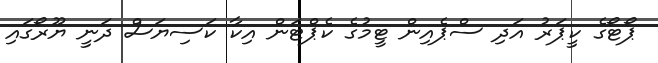
ޕޯޓޯގެ ކީޕަރު އަދި ސްޕެއިން ޓީމުގެ ކެޕްޓަން އިކާ ކަސިޔަސް ދަނީ ޔޫރޯގައި